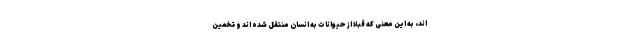
اند، به این معنی که قبلا از حیوانات به انسان منتقل شده اند و تخمین